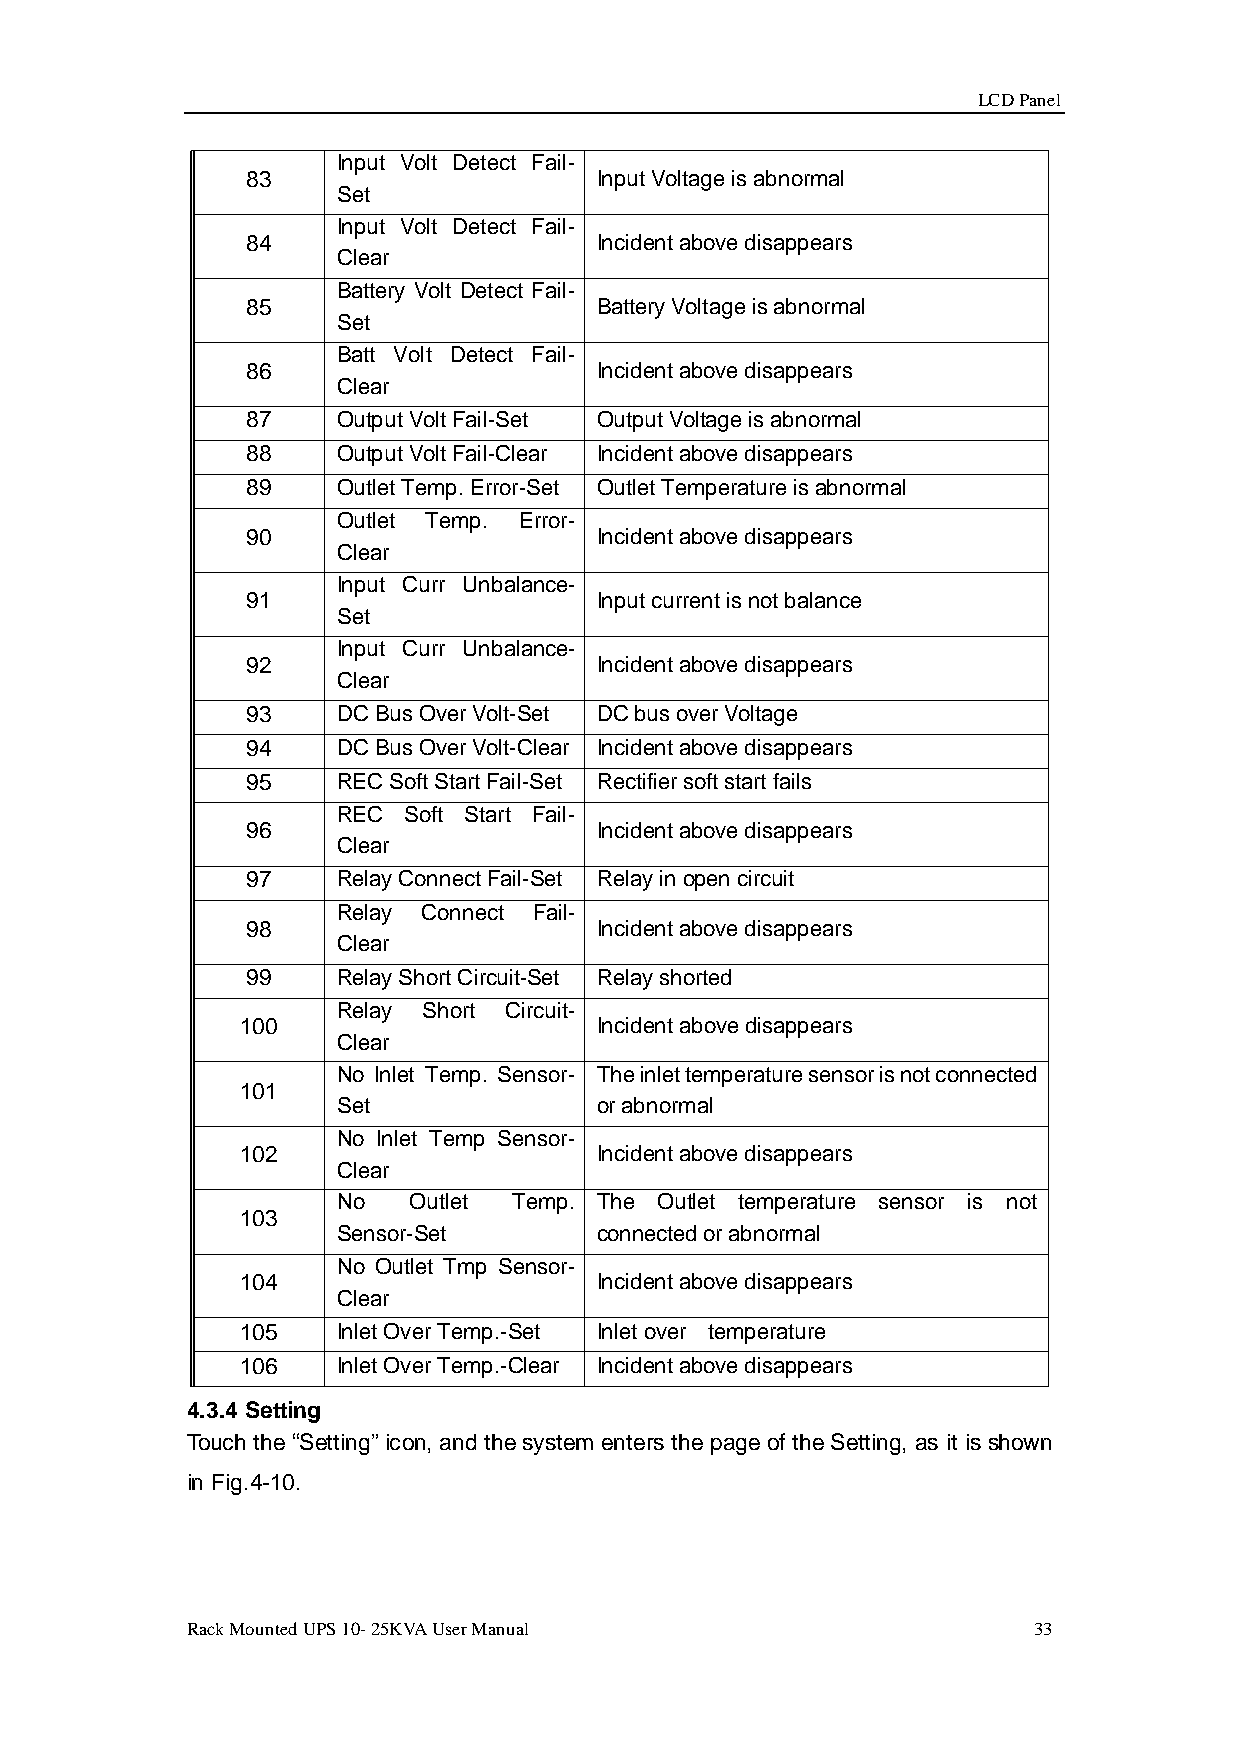
LCD Panel
 Input Volt Detect Fail-
 83                      Input Voltage is abnormal
 Set
 Input Volt Detect Fail-
 84                      Incident above disappears
 Clear
 Battery Volt Detect Fail-
 85                      Battery Voltage is abnormal
 Set
 Batt Volt Detect Fail-
 86                      Incident above disappears
 Clear
 87    Output Volt Fail-Set Output Voltage is abnormal
 88    Output Volt Fail-Clear Incident above disappears
 89    Outlet Temp. Error-Set Outlet Temperature is abnormal
 Outlet Temp. Error-
 90                      Incident above disappears
 Clear
 Input Curr Unbalance-
 91                      Input current is not balance
 Set
 Input Curr Unbalance-
 92                      Incident above disappears
 Clear
 93    DC Bus Over Volt-Set DC bus over Voltage
 94    DC Bus Over Volt-Clear Incident above disappears
 95    REC Soft Start Fail-Set Rectifier soft start fails
 REC  Soft Start Fail-
 96                      Incident above disappears
 Clear
 97    Relay Connect Fail-Set Relay in open circuit
 Relay Connect Fail-
 98                      Incident above disappears
 Clear
 99    Relay Short Circuit-Set Relay shorted
 Relay Short Circuit-
 100                     Incident above disappears
 Clear
 No Inlet Temp. Sensor- The inlet temperature sensor is not connected
 101
 Set               or abnormal
 No Inlet Temp Sensor-
 102                     Incident above disappears
 Clear
 No   Outlet Temp. The Outlet temperature sensor is not
 103
 Sensor-Set        connected or abnormal
 No Outlet Tmp Sensor-
 104                     Incident above disappears
 Clear
 105   Inlet Over Temp.-Set Inlet over temperature
 106   Inlet Over Temp.-Clear Incident above disappears
 4.3.4 Setting
 Touch the “Setting” icon, and the system enters the page of the Setting, as it is shown
 in Fig.4-10.
 Rack Mounted UPS 10- 25KVA User Manual                  33